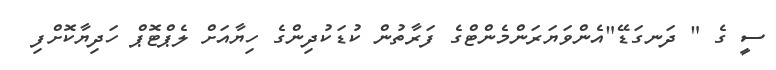
ސީ ގެ " ދަނގަޑޭ"އެންވަޔަރަންމެންޓްގެ ފަރާތުން ކުޑަކުދިންގެ ހިޔާއަށް ލެޕްޓޮޕް ހަދިޔާކޮށްފި